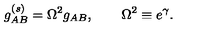
g _ { A B } ^ { ( s ) } = \Omega ^ { 2 } g _ { A B } , \qquad \Omega ^ { 2 } \equiv e ^ { \gamma } .